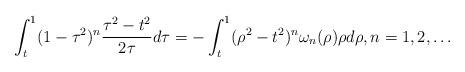
LaTeX: \begin{align*}\int_t^1(1-\tau^2)^n\dfrac{\tau^2-t^2}{2\tau}d\tau=-\int_t^1(\rho^2-t^2)^n\omega_n(\rho)\rho d\rho,n=1,2,\ldots\end{align*}